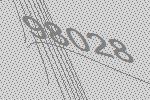
98028